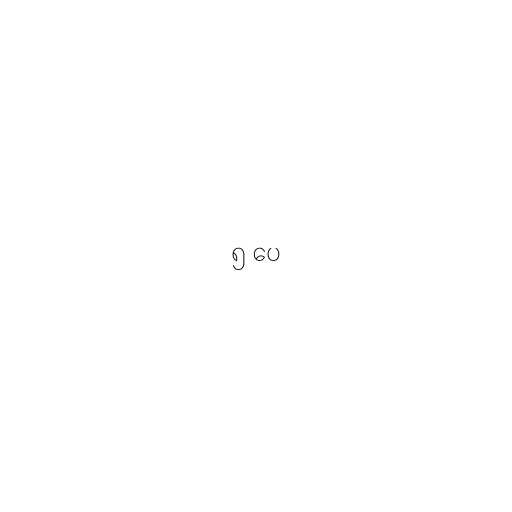
၅ ပေ